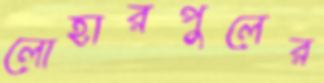
লোহারপুলের